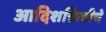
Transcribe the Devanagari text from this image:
आदिशक्तिचीचे